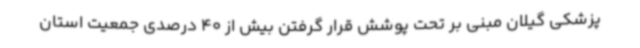
پزشکی گیلان مبنی بر تحت پوشش قرار گرفتن بیش از 40 درصدی جمعیت استان